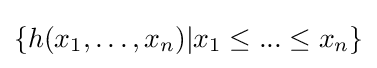
\{h(x_{1},\ldots ,x_{n})|x_{1}\leq ...\leq x_{n}\}